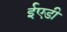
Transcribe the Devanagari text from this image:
ईएडी